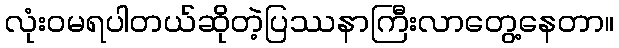
လုံးဝမရပါတယ်ဆိုတဲ့ပြဿနာကြီးလာတွေ့နေတာ။